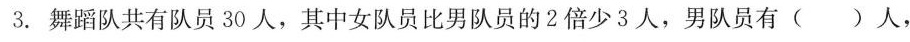
3.舞蹈队共有队员30人，其中女队员比男队员的2倍少3人，男队员有( )人，